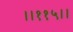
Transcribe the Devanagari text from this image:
।।११५।।